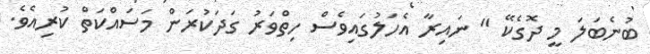
ބުނެބަލަ މީ ދޮގެކޭ " ނައިރާ އެހަލުގައިވެސް ހިތްވަރު ގަދަކުރަން މަސައްކަތް ކުރިއެވެ.